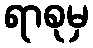
ရာစုမှ